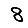
Digit: 8